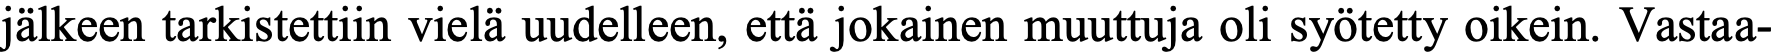
jälkeen tarkistettiin vielä uudelleen, että jokainen muuttuja oli syötetty oikein. Vastaa-